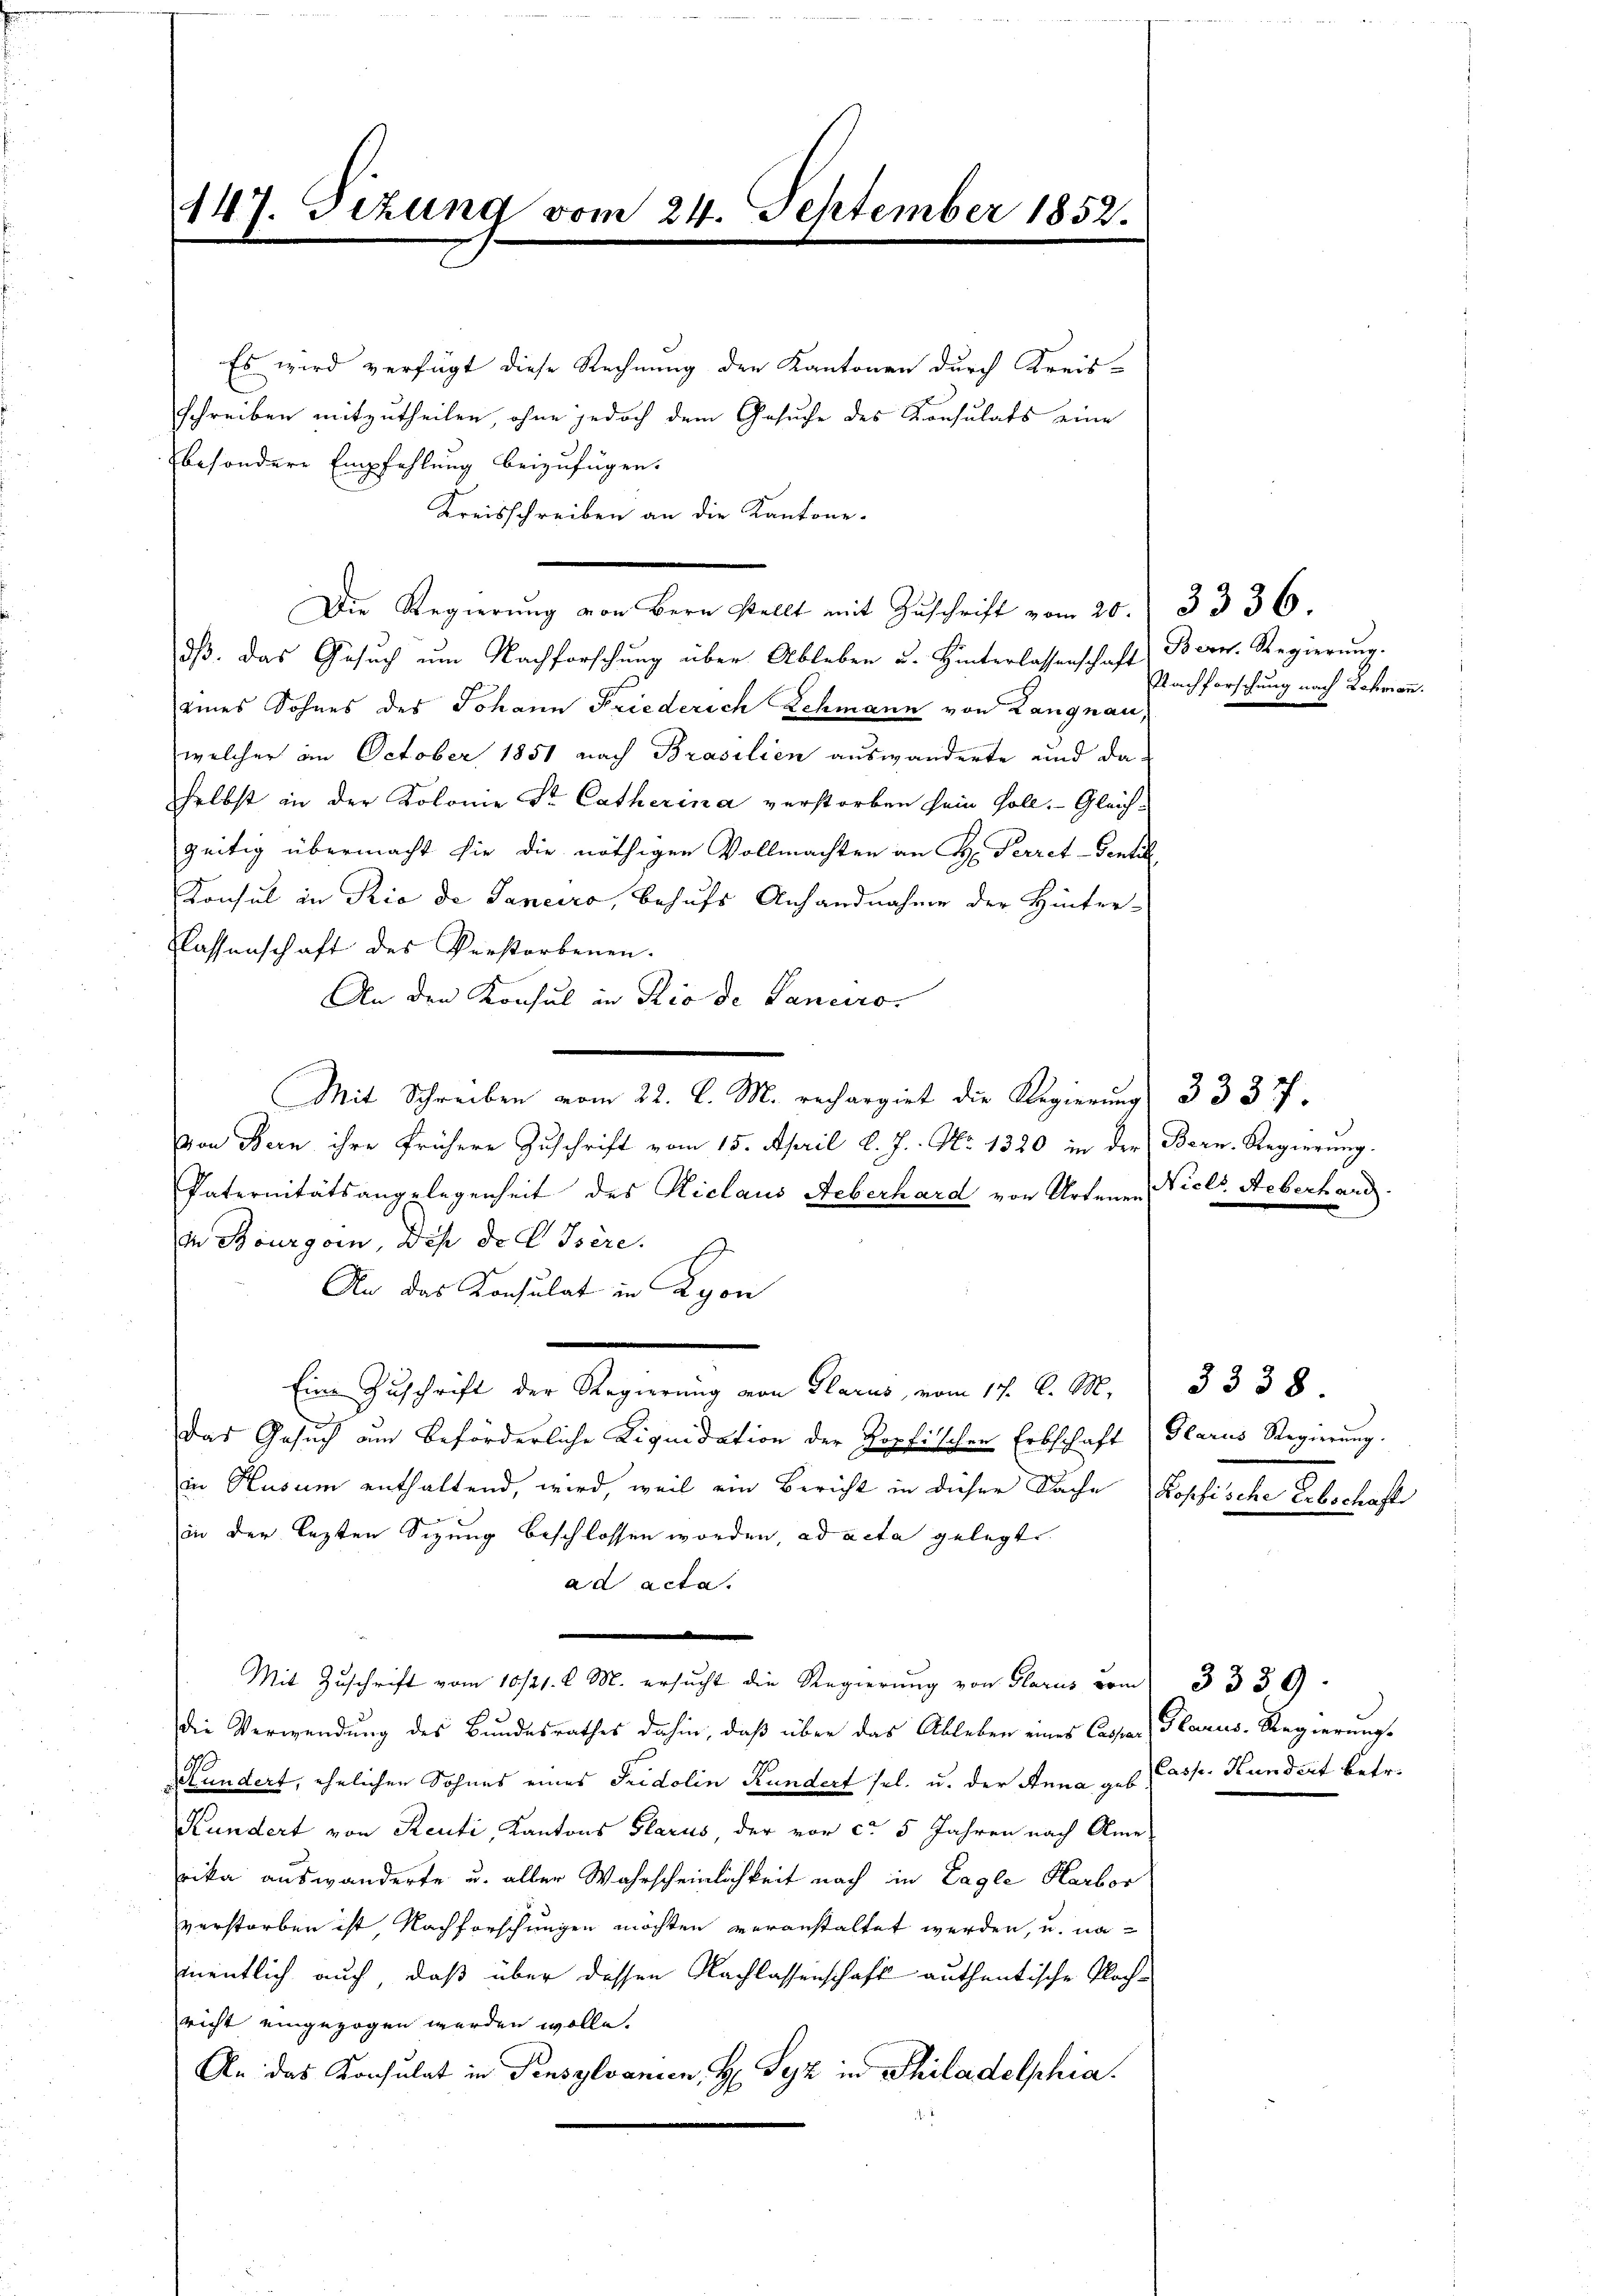
147. Sizung vom 24. September 1852.

Es wird verfügt diese Rechnung der Kantonen durch Kreis-
schreiben mitzutheilen, ohne jedoch dem Gesuche des Konsulats eine
besondere Empfehlung beizufügen.
Kreisschreiben an die Kantone.
Die Regierung von Bern stellt mit Zuschrift vom 20.
dß. Das Gesuch um Nachforschung über Ableben u. Hinterlassenschaft
eines Sohnes des Johann Friederich Schmann von Langnau
welcher im October 1851 nach Brasilien auswanderte und daselbst in der Kolonie Sr. Catherina verstorben sein soll. Gleich-
zeitig übermacht sie die nöthigen Vollmachten an H: Perret-Denti
Konsul in Rio de Janeiro, behufs Anhandnahme der Hinter-
Klassenschaft des Verstorbenen.
An den Konsul in Rio de Laneiro
Mit Schreiben vom 22. d. M. rechargiet die Regierung 333 17.
Von Bern ihre frühere Zuschrift vom 15. April l. J. No 1320 in der Bern-Regierung.
Paternitätsangelegenheit des Kiclaus Aeberhard von Artenen Niels Aeberhard.
in Bourgoin, Des de C Isère.
An das Konsulat in Lyon
Eine Zuschrift der Regierung von Glarus, vom 17. d. M. 3338
Das Gesuch am beförderliche Liquidation der Hopfischen Erbschaft (Glarus Regierung.
in Husum enthaltend, wird, weil ein Bericht in dieser Sache Kopfische Erbschaft
in der lezten Sizung beschlossen worden, ad acta gelegt.
ad acta.
Mit Zuschrift vom 10/21. d. M. ersŭcht die Regierŭng von Glarus vom 1. 3339
die Verwendung des Bundesrathes dahin, daß über das Ableben eines Cassar, Glarus-Regierungs
Kundert, ehelichen Sohnes eines Fridolin Kundert sel. u. der Anna u. s. Casp. Kundert betr.
Kundert von Reuti, Kantons Glarus, der vor ca 5 Jahren nach Ame
rika auswanderte u. aller Wahrscheinlichkeit nach in Lagle Herbor
verstorben ist Nachforschungen möchten veranstaltet werden, u. na-
mnentlich auch, daß über dessen Nachlassenschaft authentische Nachricht eingezogen werden wolle.
An das Konsulat in Pensylvanien, H. Syz in Philadelphia

3336.
Bern. Regierung.
Nachforschung nach Schmann.